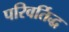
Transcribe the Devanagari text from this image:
परिवर्तिद्ध